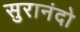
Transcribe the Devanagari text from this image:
सुरानंदो